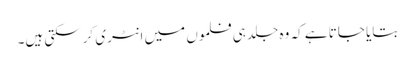
بتایا جاتا ہے کہ وہ جلد ہی فلموں میں انٹری کرسکتی ہیں۔